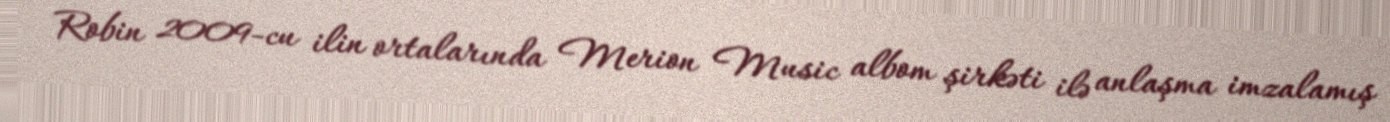
Robin 2009-cu ilin ortalarında Merion Music albom şirkəti ilə anlaşma imzalamış